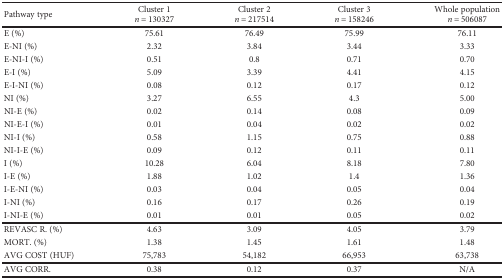
<table><thead><tr><td><b>Pathway type</b></td><td><b>Cluster 1<i>n</i> = 130327</b></td><td><b>Cluster 2<i>n</i> = 217514</b></td><td><b>Cluster 3<i>n</i> = 158246</b></td><td><b>Whole population<i>n</i> = 506087</b></td></tr></thead><tbody><tr><td>E (%)</td><td>75.61</td><td>76.49</td><td>75.99</td><td>76.11</td></tr><tr><td>E-NI (%)</td><td>2.32</td><td>3.84</td><td>3.44</td><td>3.33</td></tr><tr><td>E-NI-I (%)</td><td>0.51</td><td>0.8</td><td>0.71</td><td>0.70</td></tr><tr><td>E-I (%)</td><td>5.09</td><td>3.39</td><td>4.41</td><td>4.15</td></tr><tr><td>E-I-NI (%)</td><td>0.08</td><td>0.12</td><td>0.17</td><td>0.12</td></tr><tr><td>NI (%)</td><td>3.27</td><td>6.55</td><td>4.3</td><td>5.00</td></tr><tr><td>NI-E (%)</td><td>0.02</td><td>0.14</td><td>0.08</td><td>0.09</td></tr><tr><td>NI-E-I (%)</td><td>0.01</td><td>0.04</td><td>0.02</td><td>0.02</td></tr><tr><td>NI-I (%)</td><td>0.58</td><td>1.15</td><td>0.75</td><td>0.88</td></tr><tr><td>NI-I-E (%)</td><td>0.09</td><td>0.12</td><td>0.11</td><td>0.11</td></tr><tr><td>I (%)</td><td>10.28</td><td>6.04</td><td>8.18</td><td>7.80</td></tr><tr><td>I-E (%)</td><td>1.88</td><td>1.02</td><td>1.4</td><td>1.36</td></tr><tr><td>I-E-NI (%)</td><td>0.03</td><td>0.04</td><td>0.05</td><td>0.04</td></tr><tr><td>I-NI (%)</td><td>0.16</td><td>0.17</td><td>0.26</td><td>0.19</td></tr><tr><td>I-NI-E (%)</td><td>0.01</td><td>0.01</td><td>0.05</td><td>0.02</td></tr><tr><td>REVASC R. (%)</td><td>4.63</td><td>3.09</td><td>4.05</td><td>3.79</td></tr><tr><td>MORT. (%)</td><td>1.38</td><td>1.45</td><td>1.61</td><td>1.48</td></tr><tr><td>AVG COST (HUF)</td><td>75,783</td><td>54,182</td><td>66,953</td><td>63,738</td></tr><tr><td>AVG CORR.</td><td>0.38</td><td>0.12</td><td>0.37</td><td>N/A</td></tr></tbody></table>